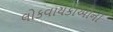
લોકવાયકાઓની